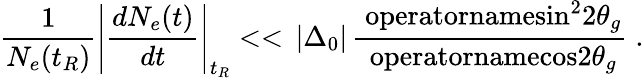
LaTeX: \frac{1}{N_{e}(t_{R})}\left|\frac{dN_{e}(t)}{dt}\right|_{t_{R}}<<\, |\Delta_{0}|\, \frac{\mathrm{\ operatorname{sin}}^{2}2\theta_{g}}{\mathrm{\ operatorname{cos}}2\theta_{g}}\; .